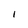
Character: I